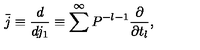
\bar { j } \equiv \frac { d } { d j _ { 1 } } \equiv \sum ^ { \infty } P ^ { - l - 1 } \frac { \partial } { \partial t _ { l } } ,